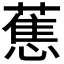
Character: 𮶴